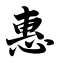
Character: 惠